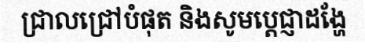
ជ្រាលជ្រៅបំផុត និងសូមប្តេជ្ញាដង្ហែ